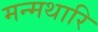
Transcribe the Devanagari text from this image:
मन्मथारि